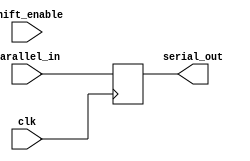
module parallel_in_serial_out_register (
    input clk,
    input parallel_in,
    input shift_enable,
    output serial_out
);

reg [7:0] data_reg; // 8-bit register for storing parallel input data

always @(posedge clk) begin
    if (shift_enable) begin
        data_reg <= {data_reg[6:0], parallel_in}; // Shift data in serially
    end else begin
        data_reg <= parallel_in; // Load parallel input data
    end
end

assign serial_out = data_reg[0]; // Output data serially

endmodule